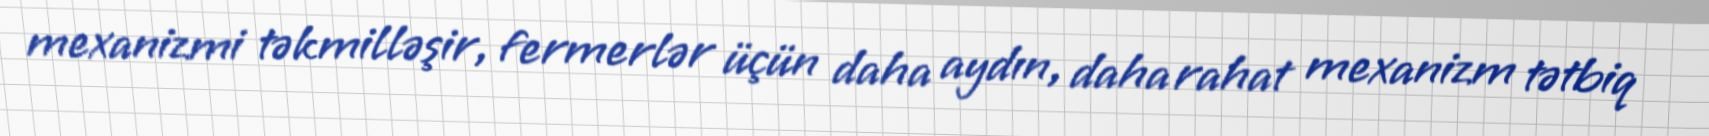
mexanizmi təkmilləşir, fermerlər üçün daha aydın, daha rahat mexanizm tətbiq